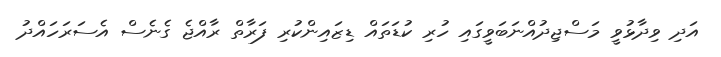
އަދި ވިދާޅުވީ މަސްޖިދުއްނަބަވީގައި ހުރި ކުޑަތައް ޑިޒައިންކުރި ފަރާތް ރާއްޖެ ގެނެސް އެސަރަހައްދު